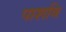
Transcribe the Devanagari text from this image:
पाशवि